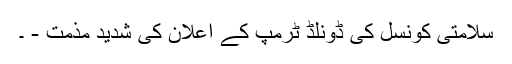
سلامتی کونسل کی ڈونلڈ ٹرمپ کے اعلان کی شدید مذمت - ۔